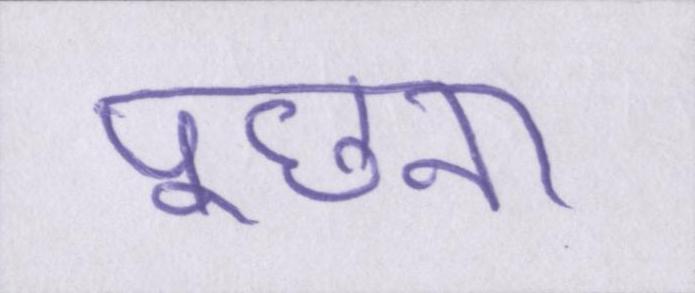
पूछना